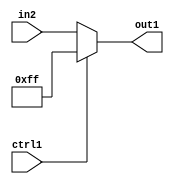
`timescale 1ps / 1ps
/*****************************************************************************
    Verilog RTL Description
    
    
    Created by: Stratus DpOpt 21.05.01 
*******************************************************************************/

module SobelFilter_N_Mux_16_2_117_1 (
	in2,
	ctrl1,
	out1
	); /* architecture "behavioural" */ 
input [15:0] in2;
input  ctrl1;
output [15:0] out1;
wire [15:0] asc001;

reg [15:0] asc001_tmp_0;
assign asc001 = asc001_tmp_0;
always @ (ctrl1 or in2) begin
	case (ctrl1)
		1'B1 : asc001_tmp_0 = 16'B0000000011111111 ;
		default : asc001_tmp_0 = in2 ;
	endcase
end

assign out1 = asc001;
endmodule

/* CADENCE  uLf2SQA= : u9/ySxbfrwZIxEzHVQQV8Q== ** DO NOT EDIT THIS LINE ******/